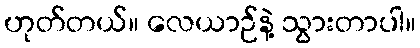
ဟုတ်တယ်။ လေယာဉ်နဲ့ သွားတာပါ။